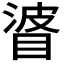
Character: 𥇲